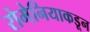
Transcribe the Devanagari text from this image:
रोमेनियाकडून